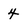
Character: 4